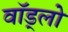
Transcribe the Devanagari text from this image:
वॉड्लो